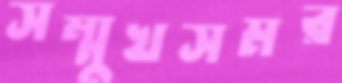
সম্মুখসমর